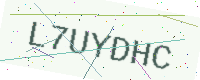
Text: L7UYDHC